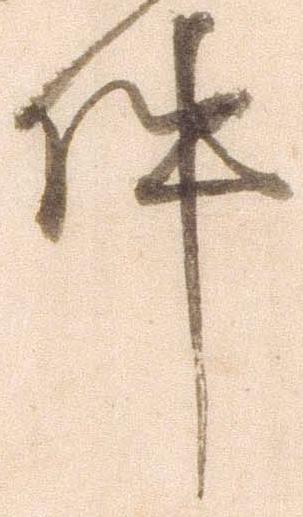
件